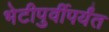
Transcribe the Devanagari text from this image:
भेटीपुर्वीपर्यंत